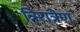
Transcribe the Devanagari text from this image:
त्रिरात्रेण